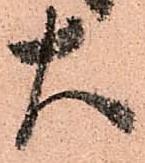
大